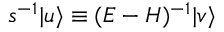
s ^ { - 1 } | u \rangle \equiv ( E - H ) ^ { - 1 } | v \rangle